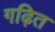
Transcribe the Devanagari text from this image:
गढ़ित